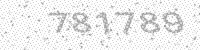
Solution: 781789